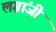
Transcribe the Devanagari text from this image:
लग्रांजी